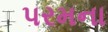
પરમના